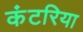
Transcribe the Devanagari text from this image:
कंटरिया